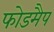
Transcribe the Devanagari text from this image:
फोडमैप